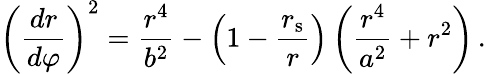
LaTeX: {\left({\frac{dr}{d\varphi}}\right)}^{2}={\frac{r^{4}}{b^{2}}}-\left(1-{\frac{r_{\mathrm{{s}}}}{r}}\right)\left({\frac{r^{4}}{a^{2}}}+r^{2}\right)\, .